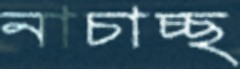
নাচাচ্ছ